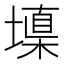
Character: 𰊧